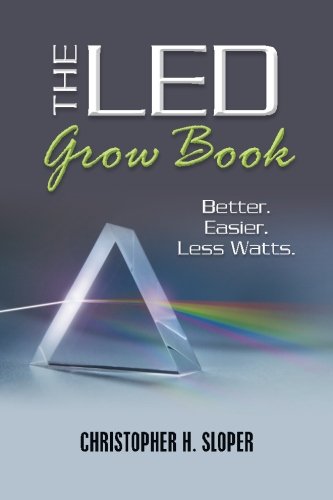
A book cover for The LED Grow Book: Better. Easier. Less Watts.; Christopher H. Sloper; Crafts, Hobbies & Home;